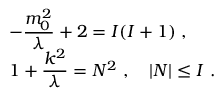
\begin{array} { l } { { \displaystyle - \frac { m _ { 0 } ^ { 2 } } { \lambda } + 2 = I ( I + 1 ) ~ , } } \\ { { \displaystyle 1 + \frac { k ^ { 2 } } { \lambda } = N ^ { 2 } ~ , \quad | N | \leq { I } ~ . } } \end{array}